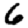
Digit: 6